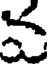
వ